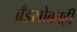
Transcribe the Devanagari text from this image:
ब्रँडसोबतही